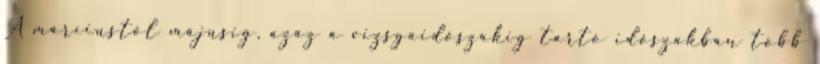
A márciustól májusig, azaz a vizsgaidőszakig tartó időszakban több